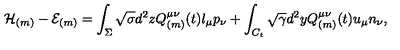
{ \cal H } _ { ( m ) } - { \cal E } _ { ( m ) } = \int _ { \Sigma } \sqrt { \sigma } d ^ { 2 } z Q _ { ( m ) } ^ { \mu \nu } ( t ) l _ { \mu } p _ { \nu } + \int _ { C _ { t } } \sqrt { \gamma } d ^ { 2 } y Q _ { ( m ) } ^ { \mu \nu } ( t ) u _ { \mu } n _ { \nu } ,